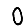
Digit: 0